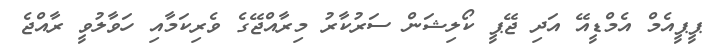
ޕީޕީއެމް އެމްޑީއޭ އަދި ޖޭޕީ ކޯލިޝަން ސަރުކާރު މިރާއްޖޭގެ ވެރިކަމާއި ހަވާލުވީ ރާއްޖެ